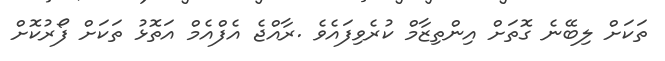
ތަކަށް ލިބޭނެ ގޮތަށް އިންތިޒާމް ކުރެވިފައެވެ .ރާއްޖެ އެފްއެމް އަތޮޅު ތަކަށް ފޯރުކޮށް